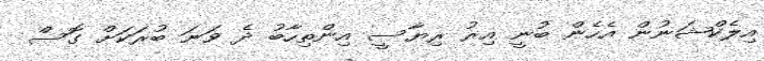
އިލެކްޝަނުން އެހެން ބުނީ އިރު ރިޔާސީ އިންތިހާބު ދެ ވަނަ ބުރަކަށް ގޮސް